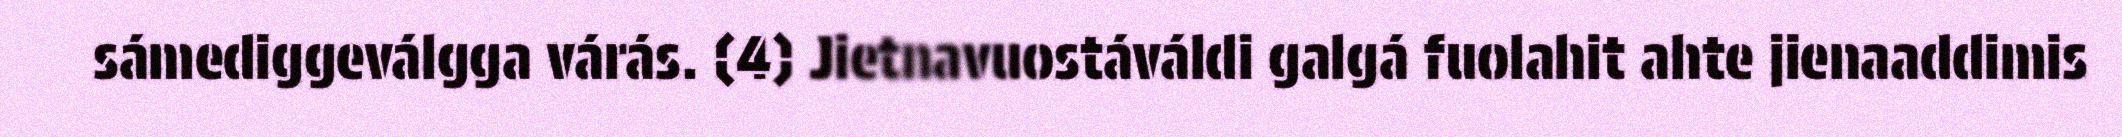
sámediggeválgga várás. (4) Jietnavuostáváldi galgá fuolahit ahte jienaaddimis